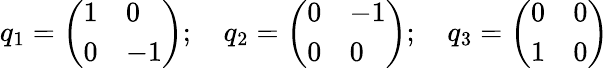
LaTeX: q_{1}=\left(\begin{array}{ll}{{1}}&{{0}}\\ {{0}}&{{{-1}}}\end{array}\right);\quad q_{2}=\left(\begin{array}{ll}{{0}}&{{{-1}}}\\ {{0}}&{{0}}\end{array}\right);\quad q_{3}=\left(\begin{array}{ll}{{0}}&{{0}}\\ {{1}}&{{0}}\end{array}\right)